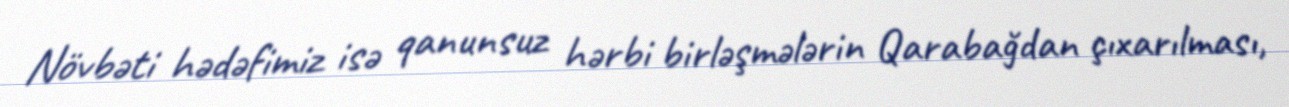
Növbəti hədəfimiz isə qanunsuz hərbi birləşmələrin Qarabağdan çıxarılması,